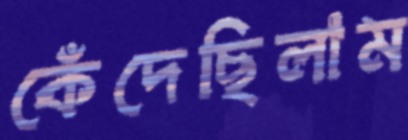
কেঁদেছিলাম